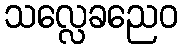
သလ္လေခညေဝ